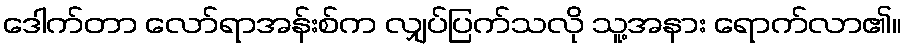
ဒေါက်တာ လော်ရာအန်းစ်က လျှပ်ပြက်သလို သူ့အနား ရောက်လာ၏။